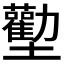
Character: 𱘜